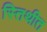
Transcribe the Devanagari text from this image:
स्तिथीत